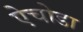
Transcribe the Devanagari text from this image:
ऐचोडा